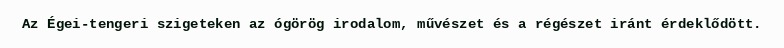
Az Égei-tengeri szigeteken az ógörög irodalom, művészet és a régészet iránt érdeklődött.